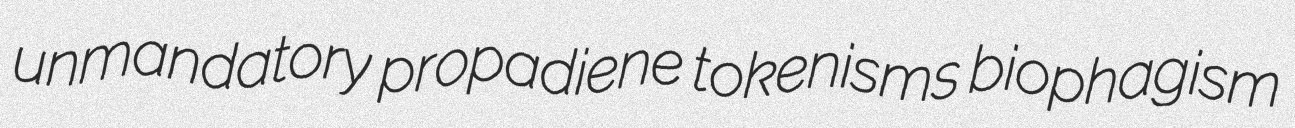
unmandatory propadiene tokenisms biophagism